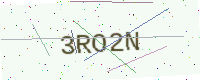
Text: 3RO2N